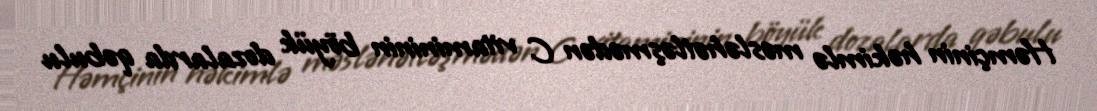
Həmçinin həkimlə məsləhətləşmədən C vitamininin böyük dozalarda qəbulu